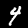
Digit: 4